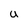
Character: U